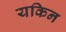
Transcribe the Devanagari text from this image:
यकिन